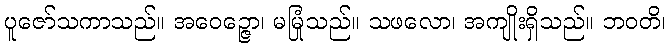
ပူဇော်သကာသည်။ အဝေဉ္ဇော၊ မမြုံသည်။ သဖလော၊ အကျိုးရှိသည်။ ဘဝတိ၊